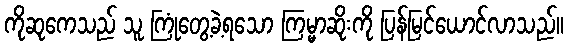
ကိုဆုကေသည် သူ ကြုံတွေ့ခဲ့ရသော ကြမ္မာဆိုးကို ပြန်မြင်ယောင်လာသည်။